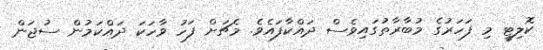
ކޮލިޓީ މި ފަހަރުގެ މުބާރާތުގައިވެސް ދައްކާފައެވެ. މެޗަށް ފަހު ވާހަކަ ދައްކަމުން ސުޖަން